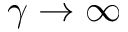
\gamma \to \infty